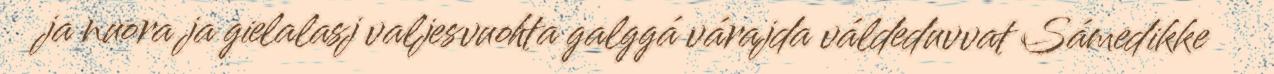
ja nuora ja gielalasj valjesvuohta galggá várajda váldeduvvat Sámedikke